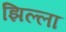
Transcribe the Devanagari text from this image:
झिल्ला